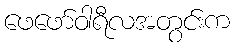
ဖေဖော်ဝါရီလအတွင်းက